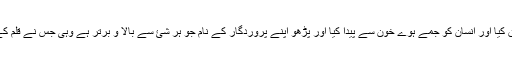
[سورہ علق، آیت ۱ تا ۵]ترجمہ: پڑھو اپنے پروردگار کے نام جس نے پورے جہان کو خلق کیا اور انسان کو جمے ہوے خون سے پیدا کیا اور پڑھو اپنے پروردگار کے نام جو ہر شئ سے بالا و برتر ہے وہی جس نے قلم کے ذریعے سے تعلیم سکھایی اور انسان کو ایسی چیزوں کا علم دیا جسے وہ نہیں جانتا تھا ۔